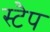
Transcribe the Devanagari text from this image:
स्टैप